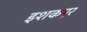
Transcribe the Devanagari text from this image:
इशकपुर